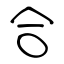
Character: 合